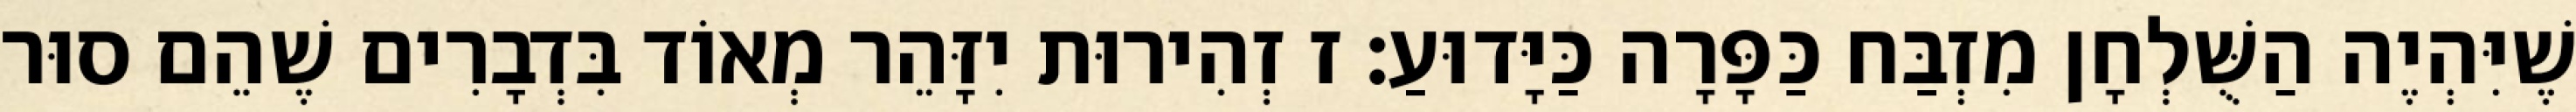
שֶׁיִּהְיֶה הַשֻּׁלְחָן מִזְבַּח כַּפָּרָה כַּיָּדוּעַ: ז זְהִירוּת יִזָּהֵר מְאוֹד בִּדְבָרִים שֶׁהֵם סוּר